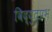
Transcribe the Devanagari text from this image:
विद्युत्प्रभ